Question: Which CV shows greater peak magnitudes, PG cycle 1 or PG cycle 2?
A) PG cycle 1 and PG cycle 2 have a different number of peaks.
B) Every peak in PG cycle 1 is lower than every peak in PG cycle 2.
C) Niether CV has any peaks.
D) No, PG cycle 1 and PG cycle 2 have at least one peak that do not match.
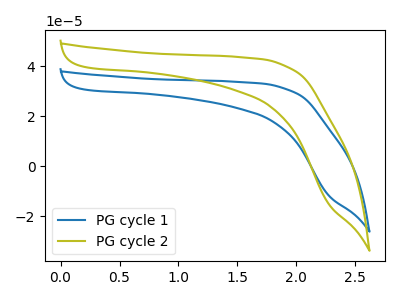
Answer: <think>The blue curve "PG cycle 1" has no peaks. The olive curve "PG cycle 2" has no peaks.</think>
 <answer>C) Niether CV has any peaks.</answer>
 <eval>C</eval>